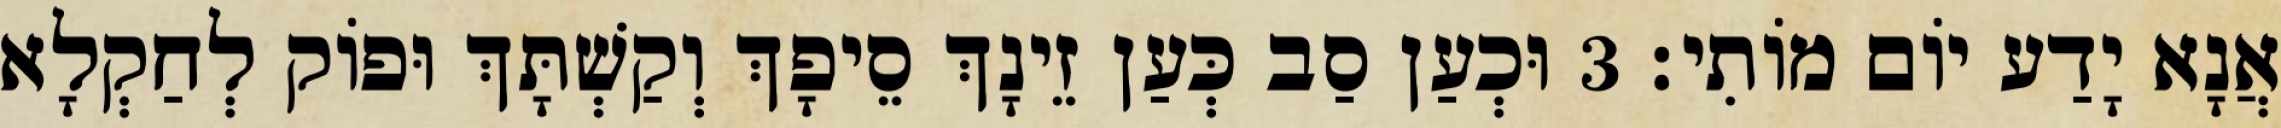
אֲנָא יָדַע יוֹם מוֹתִי׃ 3 וּכְעַן סַב כְּעַן זֵינָךְ סֵיפָךְ וְקַשְׁתָּךְ וּפוֹק לְחַקְלָא